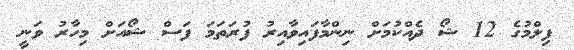
ފިލްމުގެ 12 ޝޯ ދެއްކުމަށް ނިންމާފައިވާއިރު ފުރަތަމަ ފަސް ޝޯއަށް މިހާރު ވަނީ